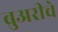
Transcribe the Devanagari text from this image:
ब्रुअरीचे